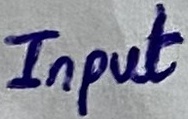
Text: Input